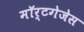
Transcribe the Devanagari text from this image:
मॉर्टगेजेस